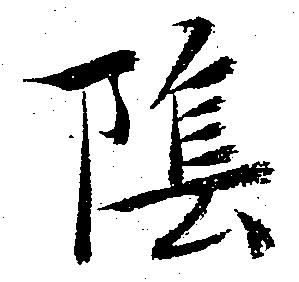
陰